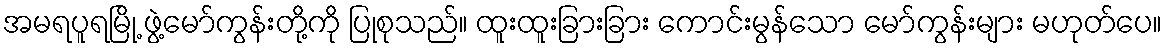
အမရပူရမြို့ ဖွဲ့မော်ကွန်းတို့ကို ပြုစုသည်။ ထူးထူးခြားခြား ကောင်းမွန်သော မော်ကွန်းများ မဟုတ်ပေ။